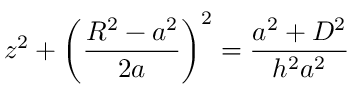
z ^ { 2 } + \bigg ( \frac { R ^ { 2 } - a ^ { 2 } } { 2 a } \bigg ) ^ { 2 } = \frac { a ^ { 2 } + D ^ { 2 } } { h ^ { 2 } a ^ { 2 } }